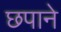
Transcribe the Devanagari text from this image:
छपाने